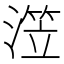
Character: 𰜺